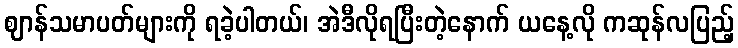
ဈာန်သမာပတ်များကို ရခဲ့ပါတယ်၊ အဲဒီလိုရပြီးတဲ့နောက် ယနေ့လို ကဆုန်လပြည့်